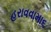
હરાવવામા૬